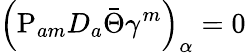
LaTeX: \left(\mathrm{P}_{am}D_{a}\bar{\Theta}\gamma^{m}\right)_{\alpha}=0